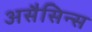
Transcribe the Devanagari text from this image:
असैसिन्स